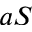
a S